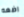
اضعه